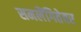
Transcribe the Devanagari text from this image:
समलैंगितेवर